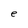
Character: e